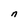
Character: n